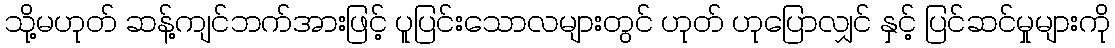
သို့မဟုတ် ဆန့်ကျင်ဘက်အားဖြင့် ပူပြင်းသောလများတွင် ဟုတ် ဟုပြောလျှင် နှင့် ပြင်ဆင်မှုများကို